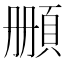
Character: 𩒄